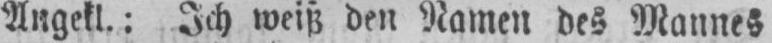
Angekl.: Ich weiß den Namen des Mannes